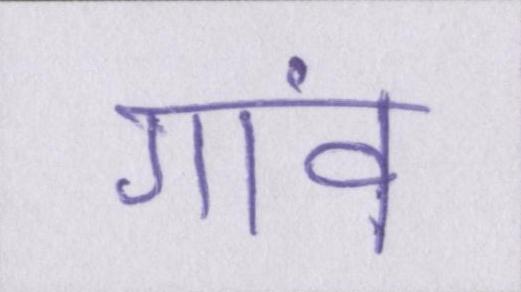
गावं